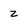
Character: z